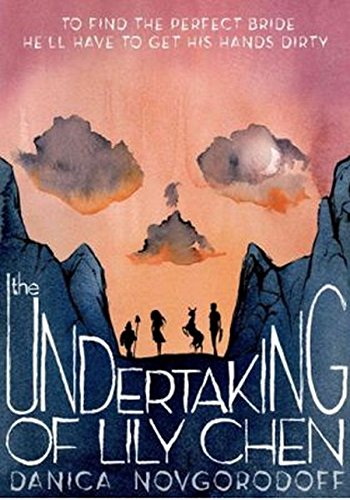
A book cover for The Undertaking of Lily Chen; Danica Novgorodoff; Comics & Graphic Novels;